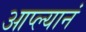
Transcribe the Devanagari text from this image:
आप्ल्यानं